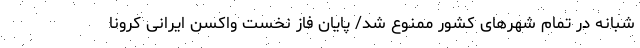
شبانه در تمام شهرهای کشور ممنوع شد/ پایان فاز نخست واکسن ایرانی کرونا